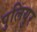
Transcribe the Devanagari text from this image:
पुलियुर